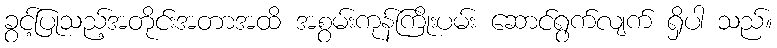
ခွင့်ပြုသည့်အတိုင်းအတာအထိ အစွမ်းကုန်ကြိုးပမ်း ဆောင်ရွက်လျက် ရှိပါ သည်။